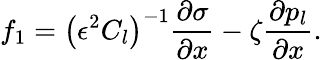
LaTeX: f_{1}=\left(\epsilon^{2}C_{l}\right)^{-1}\frac{\partial\sigma}{\partial x}-\zeta\frac{\partial p_{l}}{\partial x}.